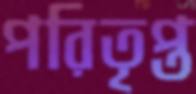
পরিতৃপ্ত